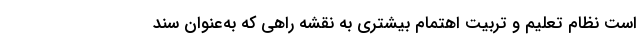
است نظام تعلیم و تربیت اهتمام بیشتری به نقشه راهی که به‌عنوان سند